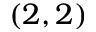
( 2 , 2 )